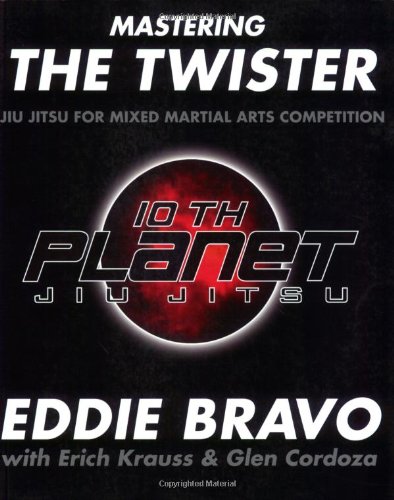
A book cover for Mastering the Twister: Jiu Jitsu for Mixed Martial Arts Competition; Eddie Bravo; Sports & Outdoors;